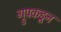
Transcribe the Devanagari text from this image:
ग्रुपकडून